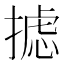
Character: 摅